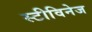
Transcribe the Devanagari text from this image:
स्टीविनेज